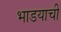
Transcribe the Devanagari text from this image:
भाडयाची